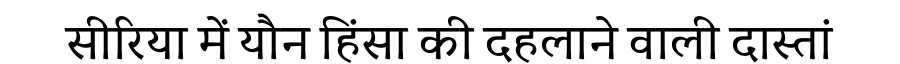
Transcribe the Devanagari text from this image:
सीरिया में यौन हिंसा की दहलाने वाली दास्तां